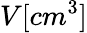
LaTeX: V[cm^{3}]